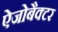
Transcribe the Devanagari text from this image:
ऐजोबैक्टर